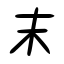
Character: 末